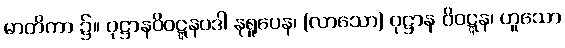
မာတိကာ ၌။ ဝုဋ္ဌာနဝိဝဋ္ဋနပဒါ နုရူပေန၊ (လာသော) ဝုဋ္ဌာန ဝိဝဋ္ဋန၊ ဟူသော